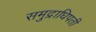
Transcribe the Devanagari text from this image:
समुद्राधिपती